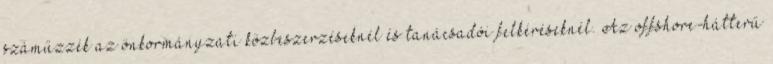
száműzzék az önkormányzati közbeszerzéseknél és tanácsadói felkéréseknél. Az offshore-hátterű